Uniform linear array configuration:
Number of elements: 32
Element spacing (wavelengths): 1
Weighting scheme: hann
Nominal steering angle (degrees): -60
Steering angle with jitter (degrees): -61.352
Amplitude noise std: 0.05
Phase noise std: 0.05

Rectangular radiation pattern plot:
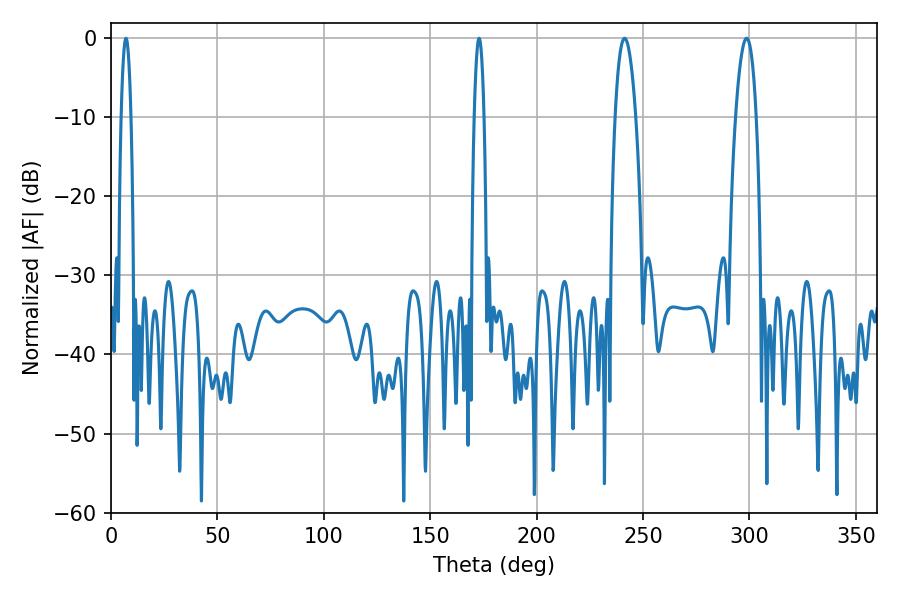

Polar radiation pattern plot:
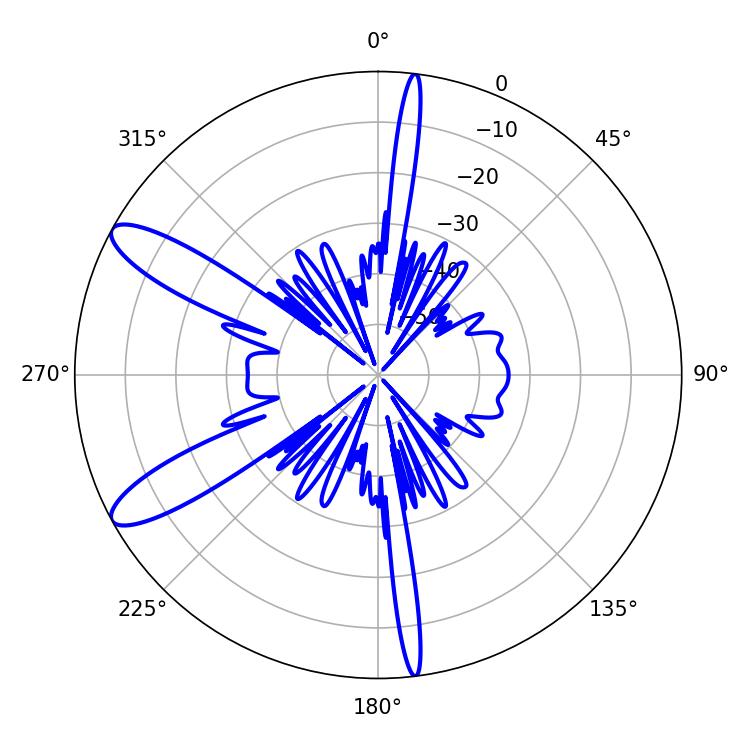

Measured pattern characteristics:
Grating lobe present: TRUE
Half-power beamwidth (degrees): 2.52
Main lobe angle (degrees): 7.02